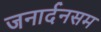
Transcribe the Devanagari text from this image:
जनार्दनसम